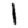
Digit: 1